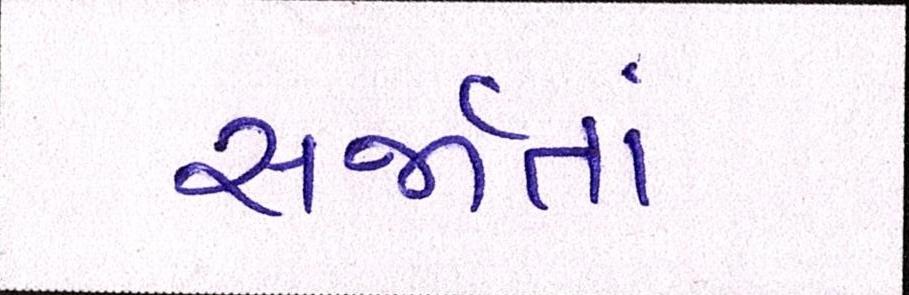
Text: સર્જાતાં